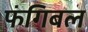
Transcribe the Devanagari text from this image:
फंगिबल